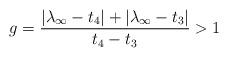
LaTeX: \begin{align*} g=\frac{|\lambda_\infty-t_4|+|\lambda_\infty-t_3|}{t_4-t_3}>1 \end{align*}